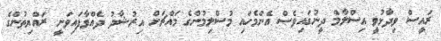
ރައީސް ވިދާޅުވީ އިސްލާމް ދީނުގައިވެސް އެންމެހައި މުސްލިމުންގެ މައްޗަށް އިރުޝާދު ދެއްވާފައިވަނީ ރައްޔިތުންގެ